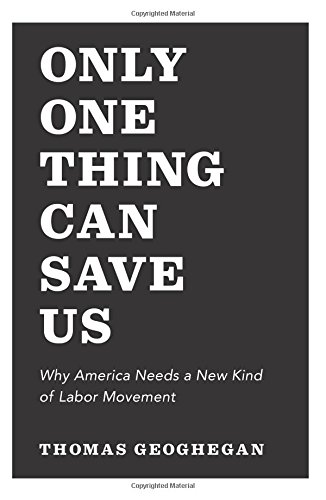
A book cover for Only One Thing Can Save Us: Why America Needs a New Kind of Labor Movement; Thomas Geoghegan; Business & Money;